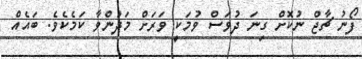
ފޯނު ޗާޖް ނުކޮށް ގިނަ ދުވަސް ވުމަކީ ވަރަށް މަދުންވާ ކަމެކެވެ. ބައެއް